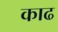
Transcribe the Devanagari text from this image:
काढ